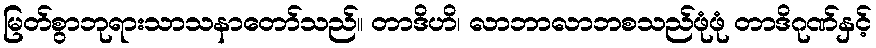
မြတ်စွာဘုရားသာသနာတော်သည်။ တာဒိဟိ၊ လာဘာလာဘစသည်ဖုံဖုံ တာဒိဂုဏ်နှင့်